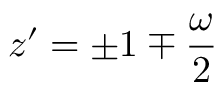
z ^ { \prime } = \pm 1 \mp \frac { \omega } { 2 }